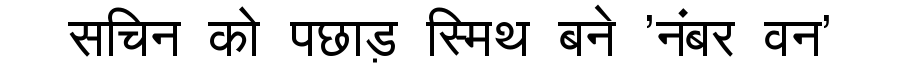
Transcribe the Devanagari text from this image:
सचिन को पछाड़ स्मिथ बने 'नंबर वन'